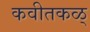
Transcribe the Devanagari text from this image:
कवीतकळ्